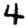
Digit: 4